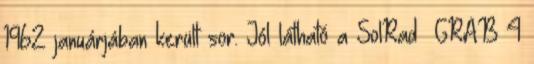
1962 januárjában került sor. Jól látható a SolRad GRAB 4